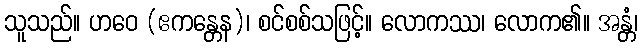
သူသည်။ ဟဝေ (ဧကန္တေန)၊ စင်စစ်သဖြင့်။ လောကဿ၊ လောက၏။ အန္တံ၊